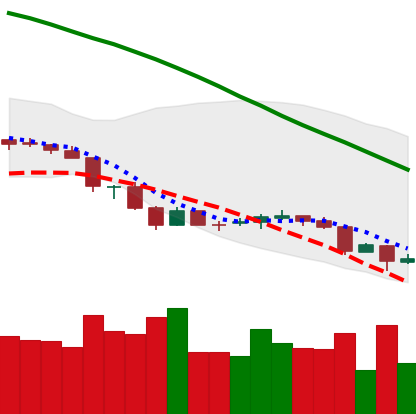
Ticker: NEO-USD
Chart end date: 2018-06-25
Forward return: -3.385%
Label: down_3_5